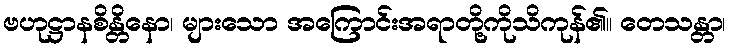
ဗဟုဋ္ဌာနစိန္တိနော၊ များသော အကြောင်းအရာတို့ကိုသိကုန်၏။ တေသန္တာ၊